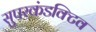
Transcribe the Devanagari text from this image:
सुपरकंडक्टिव